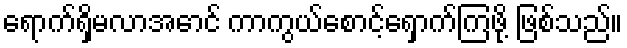
ရောက်ရှိမလာအောင် ကာကွယ်စောင့်ရှောက်ကြဖို့ ဖြစ်သည်။